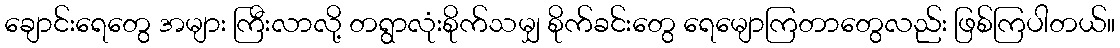
ချောင်းရေတွေ အများ ကြီးလာလို့ တရွာလုံးစိုက်သမျှ စိုက်ခင်းတွေ ရေမျောကြတာတွေလည်း ဖြစ်ကြပါတယ်။